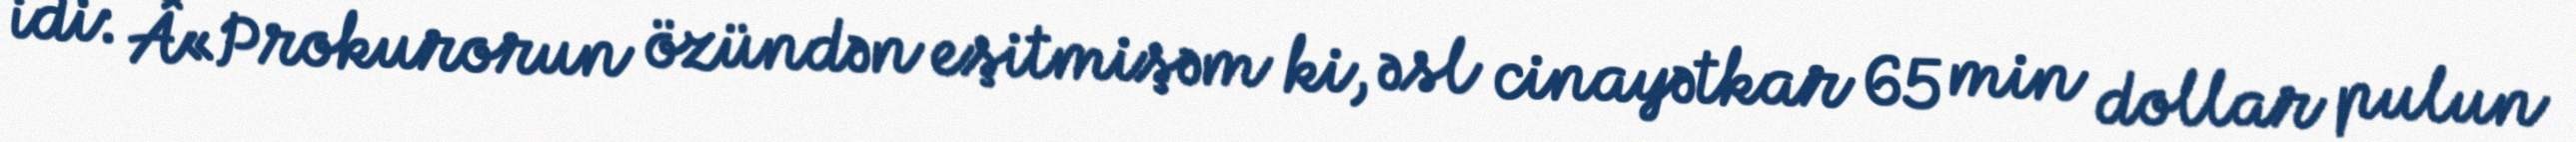
idi: Â«Prokurorun özündən eşitmişəm ki, əsl cinayətkar 65 min dollar pulun